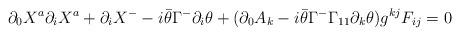
LaTeX: \begin{align*}\partial _{0}X^{a}\partial _{i}X^{a}+\partial _{i}X^{-}-i\bar{\theta}\Gamma^{-}\partial _{i}\theta +(\partial _{0}A_{k}-i\bar{\theta}\Gamma^{-}\Gamma_{11}\partial _{k}\theta )g^{kj}F_{ij}=0 \end{align*}